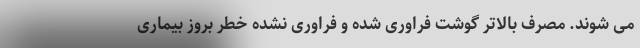
می شوند. مصرف بالاتر گوشت فراوری شده و فراوری نشده خطر بروز بیماری